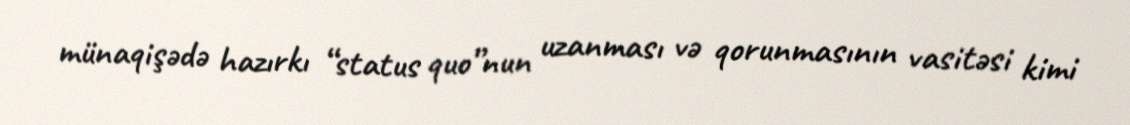
münaqişədə hazırkı “status quo”nun uzanması və qorunmasının vasitəsi kimi